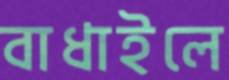
বাধাইলে